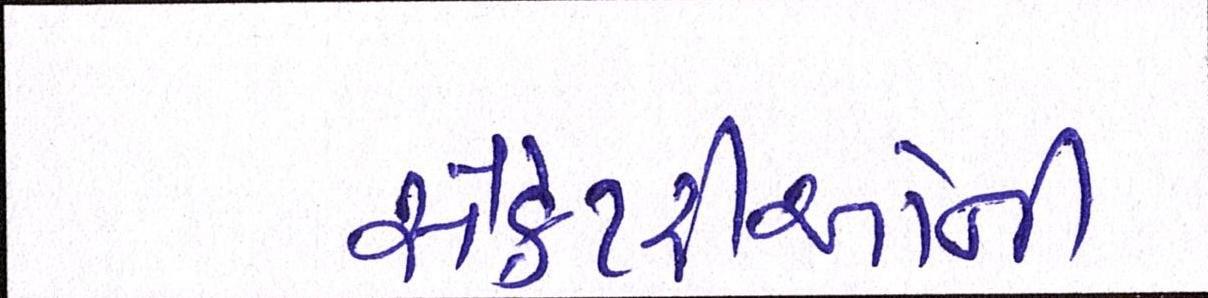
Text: સેક્રેટરીઓની